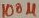
Text: 100µ